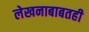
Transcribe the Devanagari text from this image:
लेखनाबाबतही